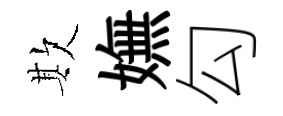
欺嫵勾